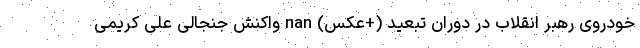
خودروی رهبر انقلاب در دوران تبعید (+عکس) nan واکنش جنجالی علی کریمی